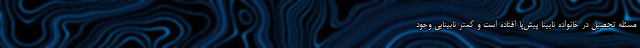
مسئله تحصیل در خانواده نابینا پیش‌پا افتاده است و کمتر نابینایی وجود